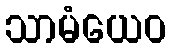
သာမံယေဝ